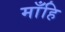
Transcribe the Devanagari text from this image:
माँहि